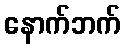
နောက်ဘက်